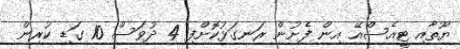
ޔޫތާއި ޓީއެސްއޭ އިން ފެށުން ރަނގަޅުކޮށްފި 4 ދުވަސް 10 ގަޑި ކުރިން